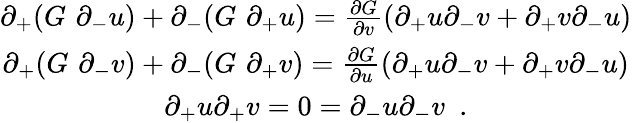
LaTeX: \begin{array}{c}{{\partial_{+}(G\, \, \partial_{-}u)+\partial_{-}(G\, \, \partial_{+}u)=\frac{\partial G}{\partial v}(\partial_{+}u\partial_{-}v+\partial_{+}v\partial_{-}u)}}\\ {{\partial_{+}(G\, \, \partial_{-}v)+\partial_{-}(G\, \, \partial_{+}v)=\frac{\partial G}{\partial u}(\partial_{+}u\partial_{-}v+\partial_{+}v\partial_{-}u)}}\\ {{\partial_{+}u\partial_{+}v=0=\partial_{-}u\partial_{-}v\, \, \, .}}\end{array}